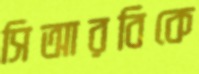
সিআরবিকে